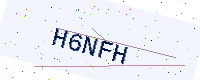
Text: H6NFH